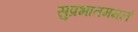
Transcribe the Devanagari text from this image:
सुप्रभातममलं